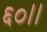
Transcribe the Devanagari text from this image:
६०।।